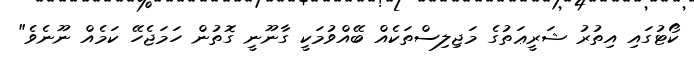
ކޯޓުގައި އިތުރު ޝަރީޢަތުގެ މަޖިލިސްތަކެއް ބޭއްވުމަކީ ގާނޫނީ ގޮތުން ހަމަޖެހޭ ކަމެއް ނޫނެވެ"